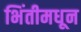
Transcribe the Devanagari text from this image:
भिंतीमधून